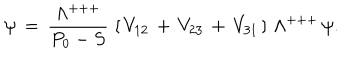
LaTeX: \psi \, = \, { \frac { \Lambda ^ { + + + } } { P _ { 0 } - S } } \, \left[ \, V _ { 1 2 } \, + \, V _ { 2 3 } \, + \, V _ { 3 1 } \, \right] \, \Lambda ^ { + + + } \, \psi .